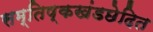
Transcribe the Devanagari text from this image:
सम्तिष्कखंडछेदित